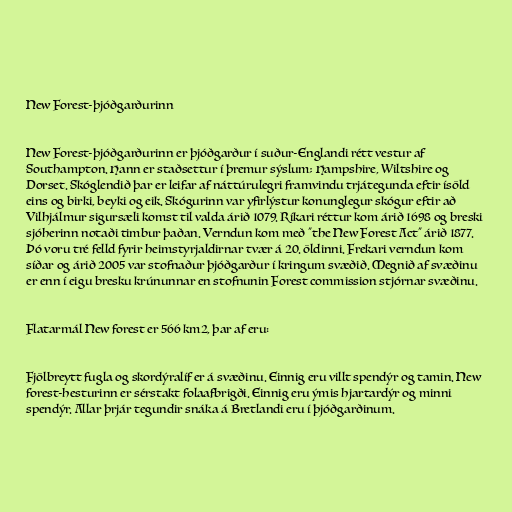
New Forest-þjóðgarðurinn

New Forest-þjóðgarðurinn er þjóðgarður í suður-Englandi rétt vestur af
Southampton. Hann er staðsettur í þremur sýslum; Hampshire, Wiltshire og
Dorset. Skóglendið þar er leifar af náttúrulegri framvindu trjátegunda eftir ísöld
eins og birki, beyki og eik. Skógurinn var yfirlýstur konunglegur skógur eftir að
Vilhjálmur sigursæli komst til valda árið 1079. Ríkari réttur kom árið 1698 og breski
sjóherinn notaði timbur þaðan. Verndun kom með "the New Forest Act" árið 1877.
Þó voru tré felld fyrir heimstyrjaldirnar tvær á 20. öldinni. Frekari verndun kom
síðar og árið 2005 var stofnaður þjóðgarður í kringum svæðið. Megnið af svæðinu
er enn í eigu bresku krúnunnar en stofnunin Forest commission stjórnar svæðinu.

Flatarmál New forest er 566 km2, þar af eru:

Fjölbreytt fugla og skordýralíf er á svæðinu. Einnig eru villt spendýr og tamin. New
forest-hesturinn er sérstakt folaafbrigði. Einnig eru ýmis hjartardýr og minni
spendýr. Allar þrjár tegundir snáka á Bretlandi eru í þjóðgarðinum.